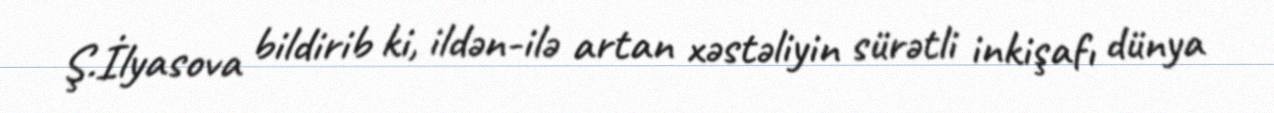
Ş.İlyasova bildirib ki, ildən-ilə artan xəstəliyin sürətli inkişafı dünya